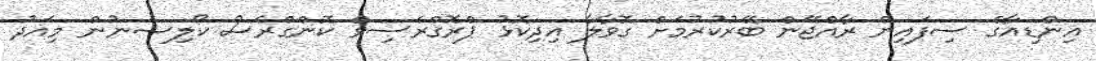
އިންޑިއާގެ ސިފައިން ރާއްޖޭން ބޭރުކުރުމަށް ގޮވާލާ އިދިކޮޅު ޕްރޮގްރެސިވް ކޮންގްރެސް ކޯލިޝަނުން މިއަދު